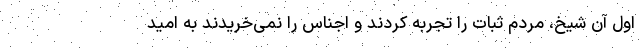
اول آن شیخ، مردم ثبات را تجربه کردند و اجناس را نمی‌خریدند به امید